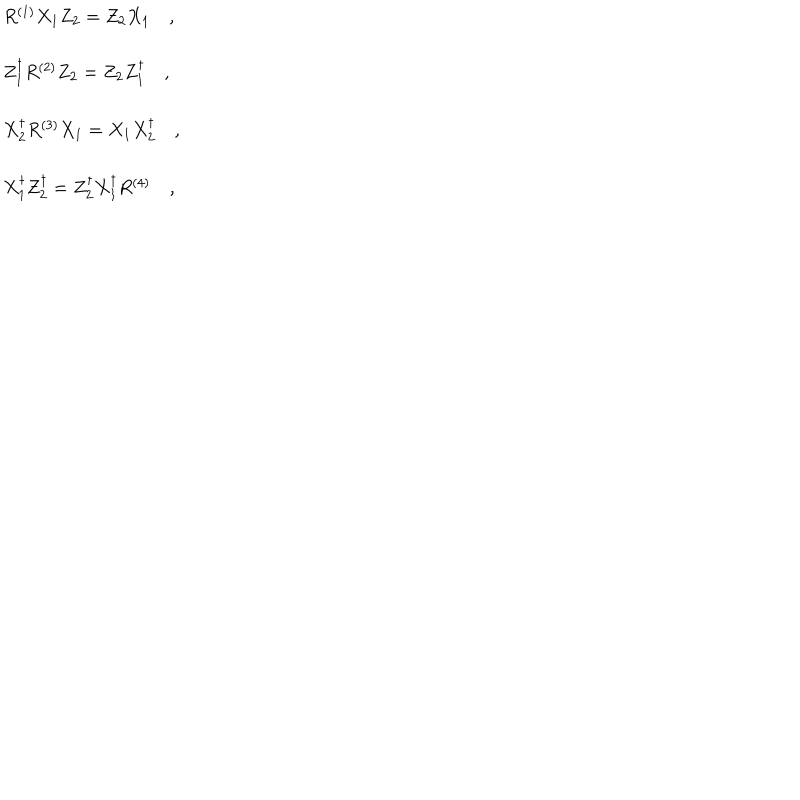
LaTeX: \begin{array} { l } { { R ^ { ( 1 ) } X _ { 1 } Z _ { 2 } = Z _ { 2 } X _ { 1 } \quad , } } \\ { { \, } } \\ { { Z _ { 1 } ^ { \dagger } R ^ { ( 2 ) } Z _ { 2 } = Z _ { 2 } Z _ { 1 } ^ { \dagger } \quad , } } \\ { { \, } } \\ { { X _ { 2 } ^ { \dagger } R ^ { ( 3 ) } X _ { 1 } = X _ { 1 } X _ { 2 } ^ { \dagger } \quad , } } \\ { { \, } } \\ { { X _ { 1 } ^ { \dagger } Z _ { 2 } ^ { \dagger } = Z _ { 2 } ^ { \dagger } X _ { 1 } ^ { \dagger } R ^ { ( 4 ) } \quad , } } \\ \end{array}